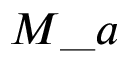
M \_ a